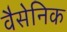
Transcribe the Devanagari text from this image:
वैसेनिक